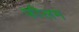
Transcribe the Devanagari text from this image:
फीलम